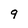
Character: 9